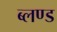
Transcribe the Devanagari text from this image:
ब्लण्ड